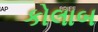
કોલાબ